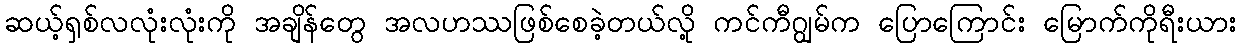
ဆယ့်ရှစ်လလုံးလုံးကို အချိန်တွေ အလဟဿဖြစ်စေခဲ့တယ်လို့ ကင်ကီဂျွမ်က ပြောကြောင်း မြောက်ကိုရီးယား